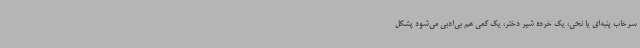
سرخاب پنبه‌ای یا نخی، یک خرده شیر دختر، یک کمی هم بی‌ادبی می‌شود پشکل